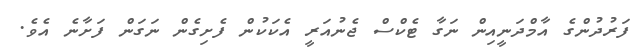
ފަރުދުންގެ އާމްދަނީއިން ނަގާ ޓެކްސް ޖެނުއަރީ އެކަކުން ފެށިގެން ނަގަން ފަށާނެ އެވެ.